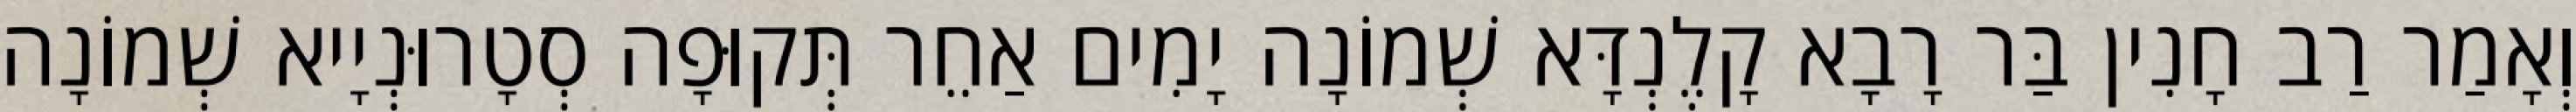
וְאָמַר רַב חָנִין בַּר רָבָא קָלֶנְדָּא שְׁמוֹנָה יָמִים אַחֵר תְּקוּפָה סְטָרוּנְיָיא שְׁמוֹנָה